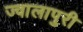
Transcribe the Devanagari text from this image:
ज्वालापुरी